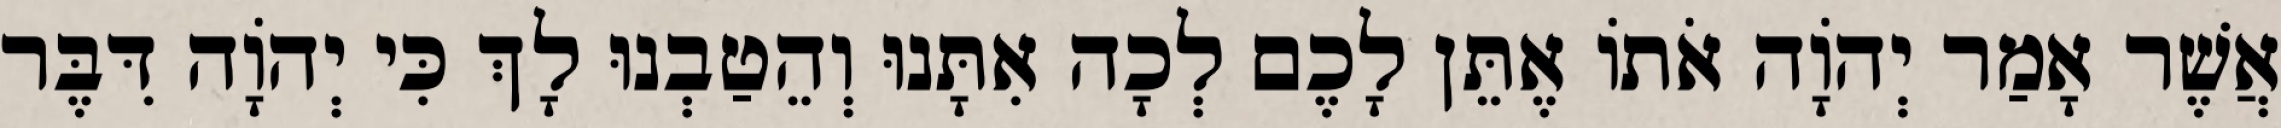
אֲשֶׁר אָמַר יְהֹוָה אֹתוֹ אֶתֵּן לָכֶם לְכָה אִתָּנוּ וְהֵטַבְנוּ לָךְ כִּי יְהוָֹה דִּבֶּר